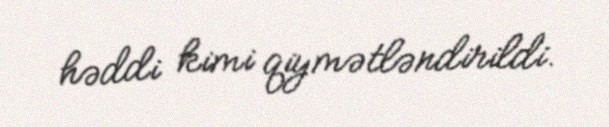
həddi kimi qiymətləndirildi.